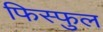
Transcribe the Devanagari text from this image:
फिस्फुल